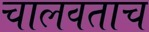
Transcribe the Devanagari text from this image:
चालवताच